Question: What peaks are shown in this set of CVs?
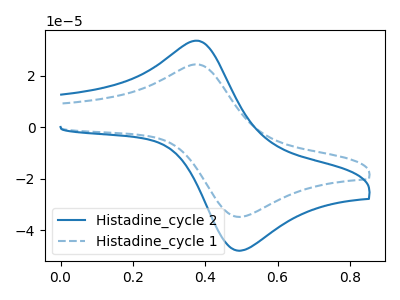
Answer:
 <answer>The blue curve "Histadine_cycle 2" has an anodic peak at (0.40V, 33.70uA) and a cathodic peak at (0.50V, -47.80uA). The blue dashed curve "Histadine_cycle 1" has an anodic peak at (0.40V, 24.45uA) and a cathodic peak at (0.50V, -34.75uA).</answer>
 <eval></eval>